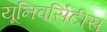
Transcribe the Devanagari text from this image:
यूनिवर्सिटीस